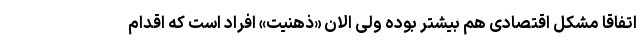
اتفاقاً مشکل اقتصادی هم بیشتر بوده ولی الان «ذهنیت» افراد است که اقدام